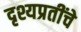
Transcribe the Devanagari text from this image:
दृश्यप्रतींचे